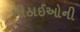
મીઠાઈઓની